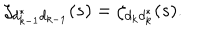
LaTeX: \zeta _ { d _ { k - 1 } ^ { * } d _ { k - 1 } } ( s ) = \zeta _ { d _ { k } d _ { k } ^ { * } } ( s ) .